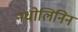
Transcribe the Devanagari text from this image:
नधोलिनिन